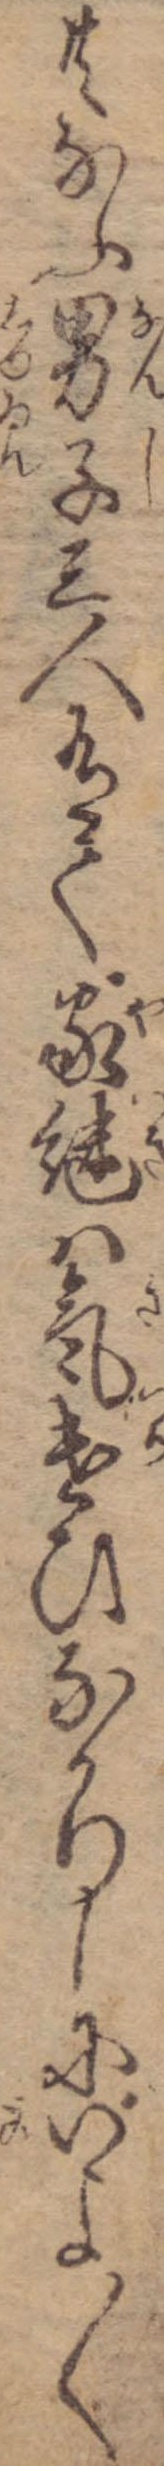
共なふ男子三人有て家継は気遣ひなかりしにいよ〱